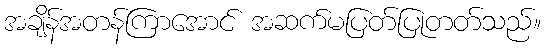
အချိန်အတန်ကြာအောင် အဆက်မပြတ်ပြုတတ်သည်။